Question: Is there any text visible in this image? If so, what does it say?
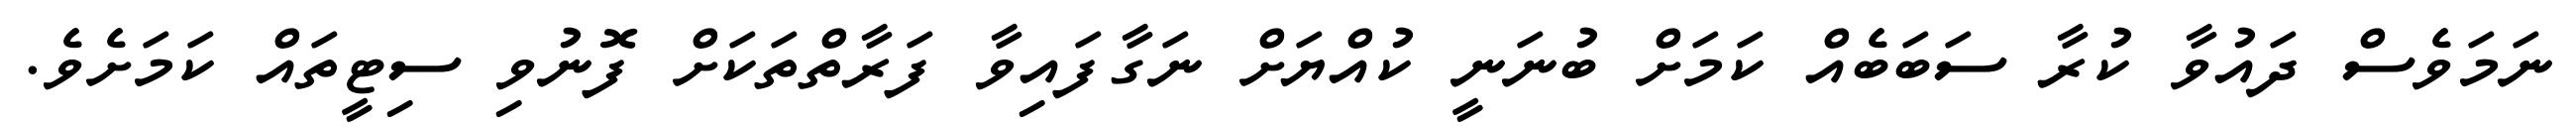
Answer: ނަމަވެސް ދައުވާ ކުރާ ސަބަބެއް ކަމަށް ބުނަނީ ކުއްޔަށް ނަގާފައިވާ ފަރާތްތަކަށް ފޮނުވި ސިޓީތައް ކަމަށެވެ.